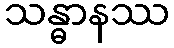
သန္ဓာနဿ